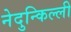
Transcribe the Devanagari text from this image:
नेदुन्किल्ली